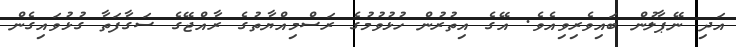
އަދި ނޭޕާލުން ބައިވެރިވިއެވެ. އޭގެ އިތުރުން ހުޅުވުމުގެ ރަސްމިއްޔާތުގެ ރާއްޖޭގެ ސަގާފަތާ ގުޅުވައިގެން